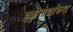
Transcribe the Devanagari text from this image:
इकोनोग्राफिया